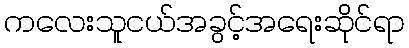
ကလေးသူငယ်အခွင့်အရေးဆိုင်ရာ